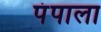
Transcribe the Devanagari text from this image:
पंपाला